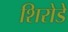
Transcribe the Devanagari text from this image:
शिरोडे